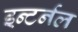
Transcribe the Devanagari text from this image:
इन्टर्नल